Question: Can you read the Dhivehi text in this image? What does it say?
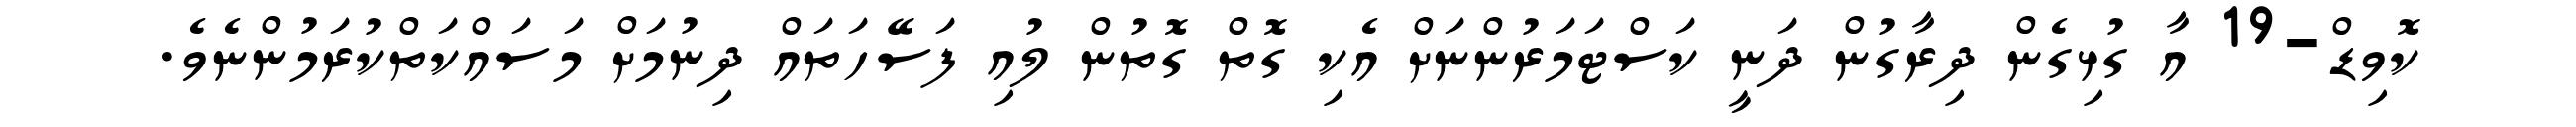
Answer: ކޮވިޑް-19 އާ ގުޅިގެން ދިރާގުން ދަނީ ކަސްޓަމަރުންނަށް އެކި ގޮތް ގޮތުން ލުއި ފަސޭހަތައް ދިނުމަށް މަސައްކަތްކުރަމުންނެވެ.